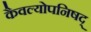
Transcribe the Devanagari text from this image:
कैवल्योपनिषद्